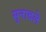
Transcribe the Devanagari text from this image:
सुनावले